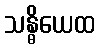
သန္ဓိယေထ